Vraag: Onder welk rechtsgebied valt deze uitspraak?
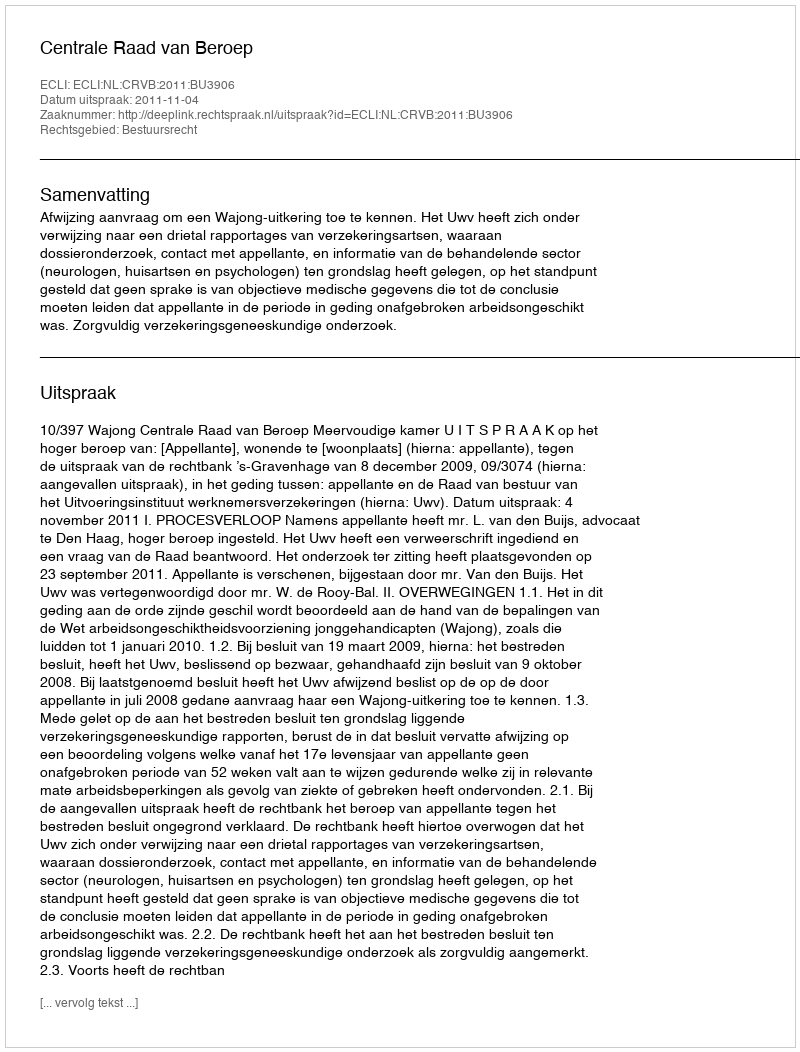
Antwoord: Bestuursrecht